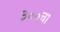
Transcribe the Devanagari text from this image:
३००चा